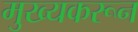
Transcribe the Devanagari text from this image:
मुख्यकरून